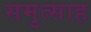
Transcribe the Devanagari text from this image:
समुत्साह